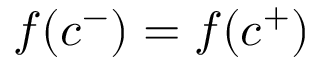
f ( c ^ { - } ) = f ( c ^ { + } )